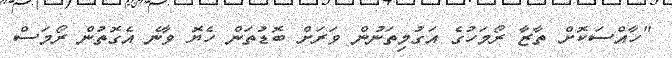
"ހާއްސަކޮށް ތާޒާ ރޯމަހުގެ އަގުމިތަނުން ވަރަށް ބޮޑުތަން ހެޔޮ ވާނެ އެގޮތުން ރޯމަސް